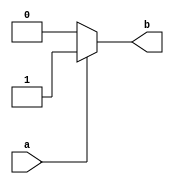
module if_else_ternary (
    input wire a,
    output reg b
);

always @* begin
    b = (a == 1) ? 1 : 0;
end

endmodule